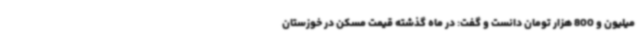
میلیون و 800 هزار تومان دانست و گفت: در ماه گذشته قیمت مسکن در خوزستان